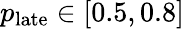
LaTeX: p_{\mathrm{late}}\in[0.5,0.8]